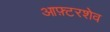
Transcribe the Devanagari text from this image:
आफ़्टरशेव